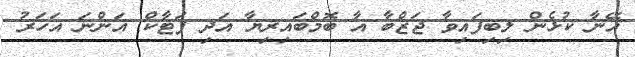
އޭނާ ކުޅެން ލިބިފައިވާ ޖަޒްބާ އާ ބޮމްބައިރިޔާ އަދި ފަޓާކް އަންނަ އަހަރު